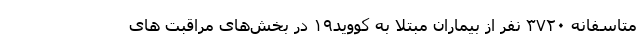
متاسفانه ۳۷۲۰ نفر از بیماران مبتلا به کووید۱۹ در بخش‌های مراقبت های